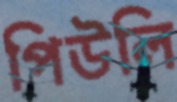
পিউলি